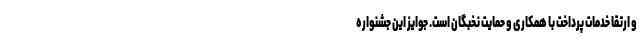
و ارتقا خدمات پرداخت با همکاری و حمایت نخبگان است. جوایز این جشنواره